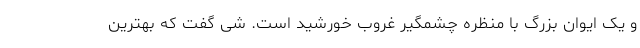
و یک ایوان بزرگ با منظره چشمگیر غروب خورشید است. شی گفت که بهترین